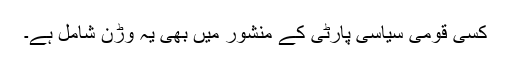
کسی قومی سیاسی پارٹی کے منشور میں بھی یہ وڑن شامل ہے۔